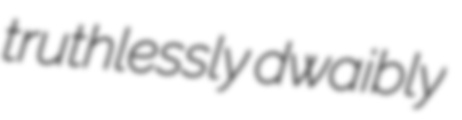
truthlessly dwaibly